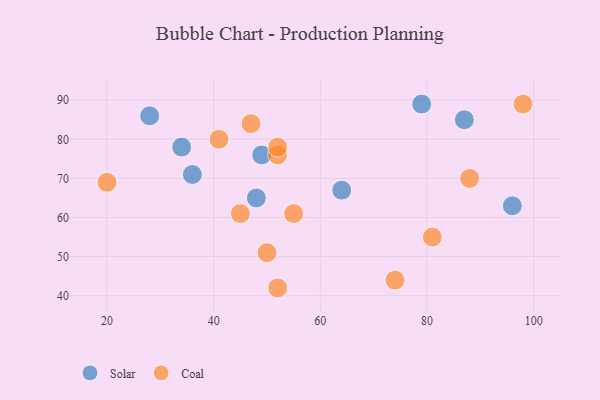
{"axis": {"x": "GDP", "y": "Life Expectancy"}, "legend": ["Coal", "Solar"], "data": [{"x": "79", "y": 89, "type": "Solar"}, {"x": "48", "y": 65, "type": "Solar"}, {"x": "64", "y": 67, "type": "Solar"}, {"x": "36", "y": 71, "type": "Solar"}, {"x": "87", "y": 85, "type": "Solar"}, {"x": "49", "y": 76, "type": "Solar"}, {"x": "28", "y": 86, "type": "Solar"}, {"x": "96", "y": 63, "type": "Solar"}, {"x": "34", "y": 78, "type": "Solar"}, {"x": "74", "y": 44, "type": "Coal"}, {"x": "45", "y": 61, "type": "Coal"}, {"x": "41", "y": 80, "type": "Coal"}, {"x": "88", "y": 70, "type": "Coal"}, {"x": "52", "y": 76, "type": "Coal"}, {"x": "52", "y": 42, "type": "Coal"}, {"x": "50", "y": 51, "type": "Coal"}, {"x": "98", "y": 89, "type": "Coal"}, {"x": "20", "y": 69, "type": "Coal"}, {"x": "47", "y": 84, "type": "Coal"}, {"x": "52", "y": 78, "type": "Coal"}, {"x": "55", "y": 61, "type": "Coal"}, {"x": "81", "y": 55, "type": "Coal"}]}